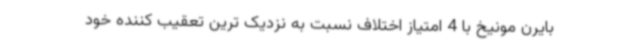
بایرن مونیخ با 4 امتیاز اختلاف نسبت به نزدیک ترین تعقیب کننده خود